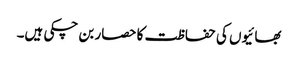
بھائیوں کی حفاظت کا حصار بن چکی ہیں۔